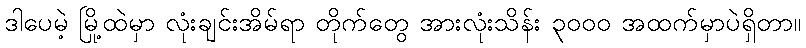
ဒါပေမဲ့ မြို့ထဲမှာ လုံးချင်းအိမ်ရာ တိုက်တွေ အားလုံးသိန်း ၃၀၀၀ အထက်မှာပဲရှိတာ။